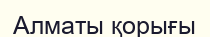
Алматы қорығы